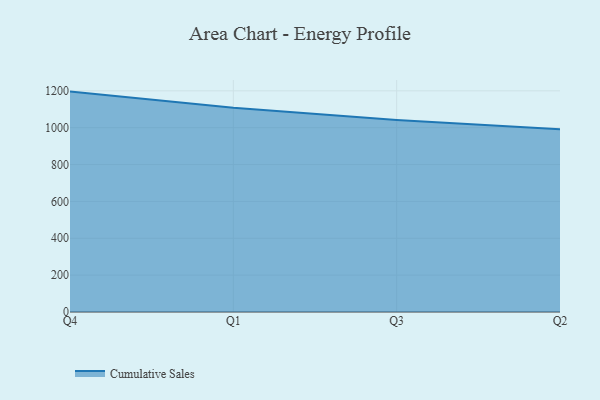
{"axis": {"x": "Quarter", "y": "Backlog"}, "legend": ["Cumulative Sales"], "data": [{"x": "Q4", "y": 1195.8, "type": "Cumulative Sales"}, {"x": "Q1", "y": 1108.4, "type": "Cumulative Sales"}, {"x": "Q3", "y": 1042.0, "type": "Cumulative Sales"}, {"x": "Q2", "y": 991.9, "type": "Cumulative Sales"}]}